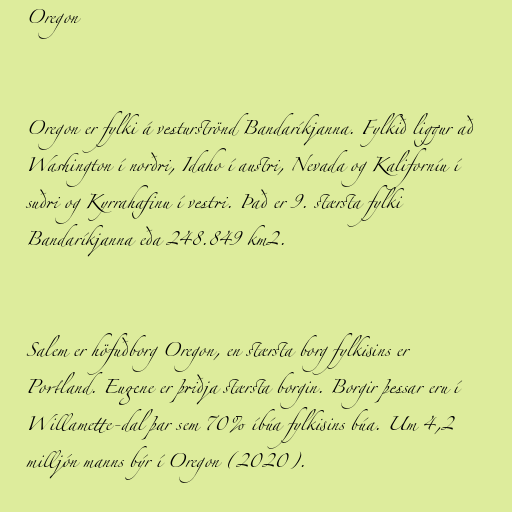
Oregon

Oregon er fylki á vesturströnd Bandaríkjanna. Fylkið liggur að
Washington í norðri, Idaho í austri, Nevada og Kaliforníu í
suðri og Kyrrahafinu í vestri. Það er 9. stærsta fylki
Bandaríkjanna eða 248.849 km2.

Salem er höfuðborg Oregon, en stærsta borg fylkisins er
Portland. Eugene er þriðja stærsta borgin. Borgir þessar eru í
Willamette-dal þar sem 70% íbúa fylkisins búa. Um 4,2
milljón manns býr í Oregon (2020).